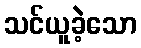
သင်ယူခဲ့သော